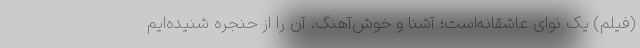
(فیلم) یک نوای عاشقانه‌است؛ آشنا و خوش‌آهنگ. آن را از حنجره شنیده‌ایم